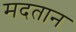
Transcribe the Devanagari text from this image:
मदतान